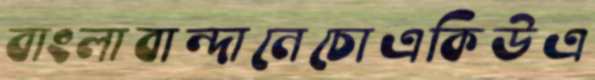
বাংলাবান্দানেচোএকিউএ